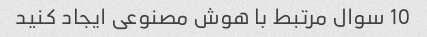
10 سوال مرتبط با هوش مصنوعی ایجاد کنید